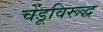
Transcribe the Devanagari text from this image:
चेंडूविरूद्ध